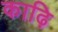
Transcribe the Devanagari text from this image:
काढ़ि